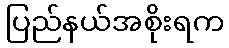
ပြည်နယ်အစိုးရက